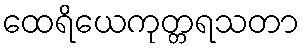
ထေရိယေကုတ္တရသတာ